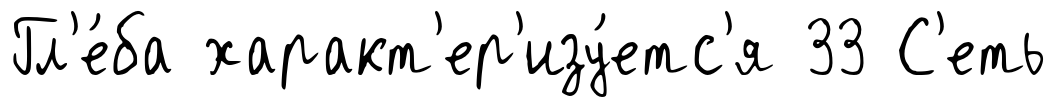
Гл'е́ба характ'ер'изу́етс'я 33 С'еть